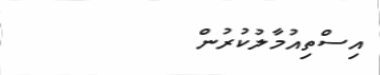
އިސްތިއުމާލުކުރުން